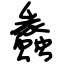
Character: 蠡